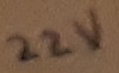
Text: 22V